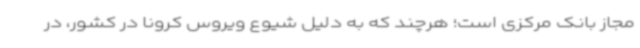
مجاز بانک مرکزی است؛ هرچند که به دلیل شیوع ویروس کرونا در کشور، در